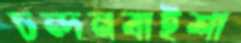
চন্দনবাইশা